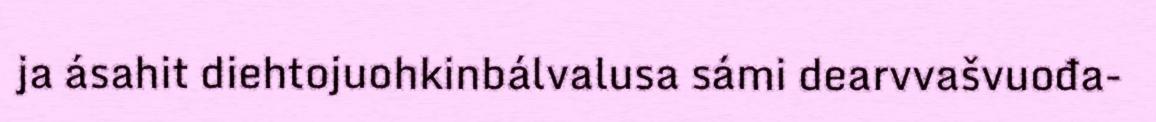
ja ásahit diehtojuohkinbálvalusa sámi dearvvašvuođa-